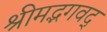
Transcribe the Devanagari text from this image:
श्रीमद्भगवद्